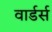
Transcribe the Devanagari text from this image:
वार्डर्स